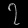
Digit: ၇